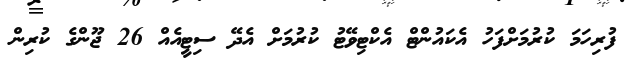
ފުރިހަމަ ކުރުމަށްފަހު އެކައުންޓް އެކްޓިވޭޓު ކުރުމަށް އެދޭ ސިޓީއެއް 26 ޖޫންގެ ކުރިން